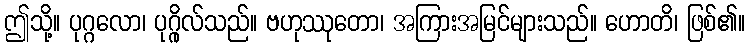
ဤသို့။ ပုဂ္ဂလော၊ ပုဂ္ဂိုလ်သည်။ ဗဟုဿုတော၊ အကြားအမြင်များသည်။ ဟောတိ၊ ဖြစ်၏။